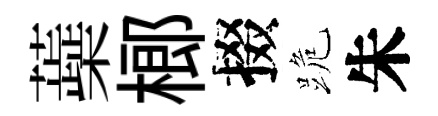
蘃榔掇跪朱